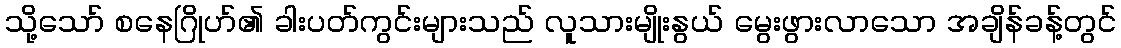
သို့သော် စနေဂြိုဟ်၏ ခါးပတ်ကွင်းများသည် လူသားမျိုးနွယ် မွေးဖွားလာသော အချိန်ခန့်တွင်